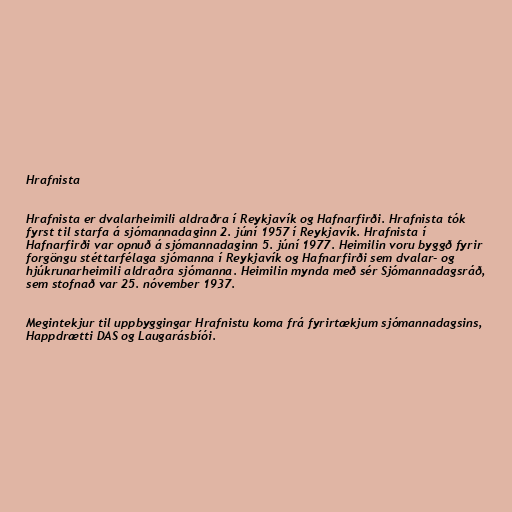
Hrafnista

Hrafnista er dvalarheimili aldraðra í Reykjavík og Hafnarfirði. Hrafnista tók
fyrst til starfa á sjómannadaginn 2. júní 1957 í Reykjavík. Hrafnista í
Hafnarfirði var opnuð á sjómannadaginn 5. júní 1977. Heimilin voru byggð fyrir
forgöngu stéttarfélaga sjómanna í Reykjavík og Hafnarfirði sem dvalar- og
hjúkrunarheimili aldraðra sjómanna. Heimilin mynda með sér Sjómannadagsráð,
sem stofnað var 25. nóvember 1937.

Megintekjur til uppbyggingar Hrafnistu koma frá fyrirtækjum sjómannadagsins,
Happdrætti DAS og Laugarásbíói.